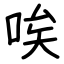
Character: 唉